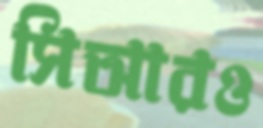
সিআরও